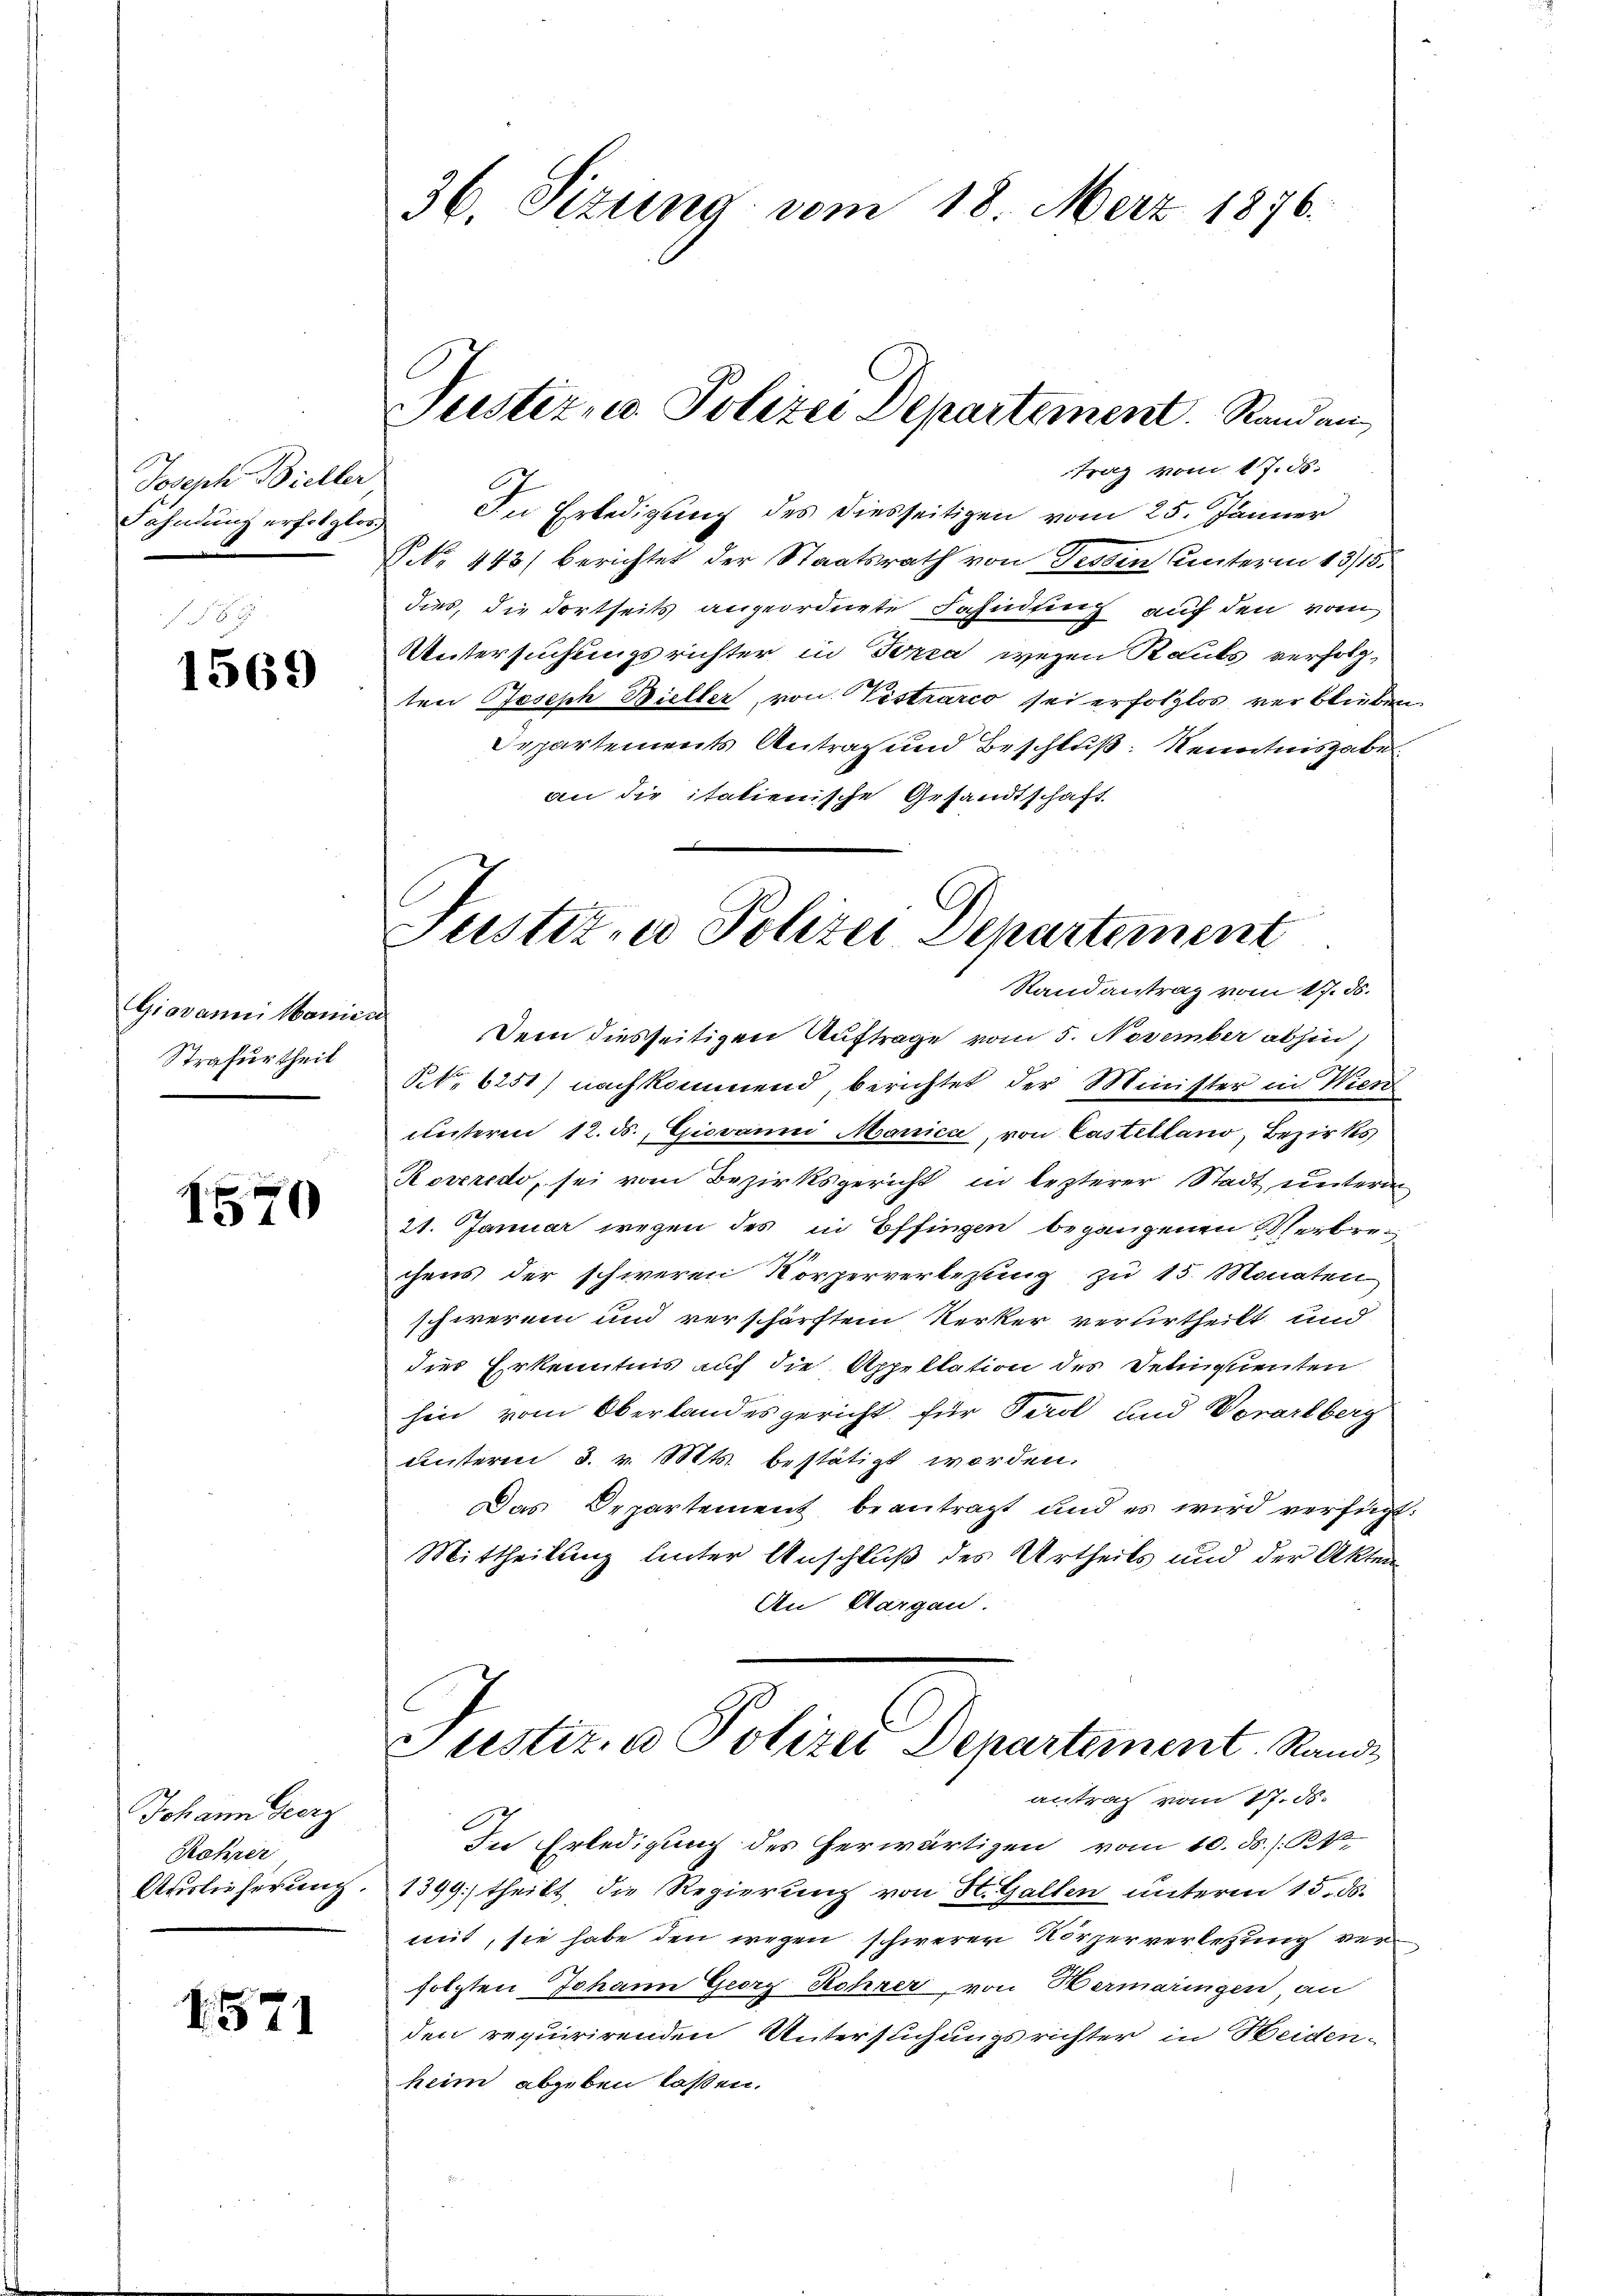
Joseph Bieller
Fahndung erfolglos.

1569

Giovanni Maniec
Strafurtheil

1570

Johann Georg
Rahrer
Auslieferung

4571

36. Sizung vom 18. März 1876.

trag vom 17. ds.
In Erledigung des diesseitigen vom 25. Jänner
§ NNo. 443) berichtet der Staatsrath von Tessin unterm 13/15.
dies, die dortseits angeordnete Fahndung auf den vom
Untersuchungsrichter in Forca wegen Raubs verfolg-
ten Joseph Bieller, von Vistrarco sei erfolglos verblieben
Departements Antrag und Beschluß: Kenntnisgabe
an die italienische Gesandtschaft
Randantrag vom 17. ds.
Dein diesseitigen Auftrage vom 5. November abhin
§ 6251) nachkommend berichtet der Minister in Wien
unterm 12. ds., Giovanni Manica, von Castelland, Bezirks
Roveredo, sei vom Bezirksgericht in lezterer Stadt unterm
21. Januar wegen des in Effingen begangenen Verbrechens der schweren Körperverlesung zu 15. Monaten
schwerein und verschärftem Kerker verurtheilt und
dies Erkenntnis auf die Appellation des Delinquenten
hin vom Oberlandesgericht für Perol und Vorarlberg
unterm 3. v. 1884ts. bestätigt worden.
Das Departement beantragt und es wird verfügt
Mittheilung hinter Anschluß des Urtheils und der Akten
An Margau.
Justiz, u. Polizei Departement, Randantrag vom 17. d.
In Erledigung des herwärtigen vom 10. ds. (Rk.
1399) theilt, die Regierung von St. Gallen unterm 15. ds.
mit, sie habe den wegen schwerer Körperverletzung verfolgten Johann Georg Rohrer, von Hermaringen an
den requirirenden Untersuchungsrichter in Heiden-
heim abgeben lassen.

Justiz, u. Polizei Departement.  Randan

ustizier Polizei Departement